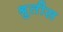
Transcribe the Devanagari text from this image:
श्रुतीस